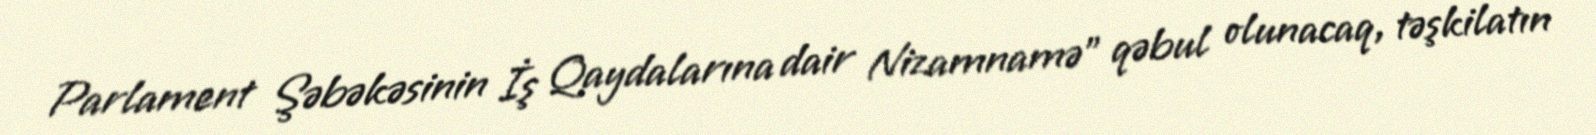
Parlament Şəbəkəsinin İş Qaydalarına dair Nizamnamə” qəbul olunacaq, təşkilatın